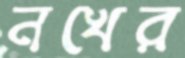
নখের